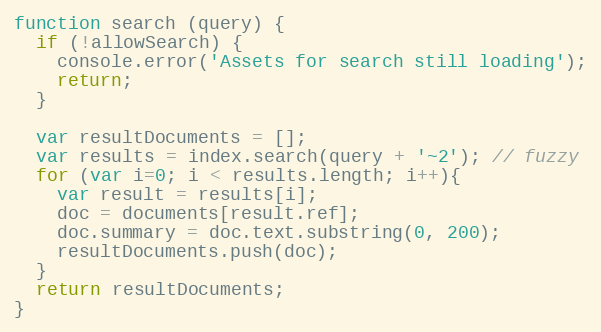
Language: JavaScript
function search (query) {
  if (!allowSearch) {
    console.error('Assets for search still loading');
    return;
  }

  var resultDocuments = [];
  var results = index.search(query + '~2'); // fuzzy
  for (var i=0; i < results.length; i++){
    var result = results[i];
    doc = documents[result.ref];
    doc.summary = doc.text.substring(0, 200);
    resultDocuments.push(doc);
  }
  return resultDocuments;
}